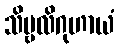
သိမ္ဗလိဂုဟာယံ